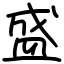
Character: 盛